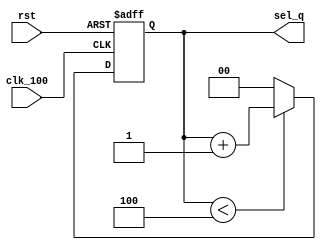
module counter_100HZ(
			clk_100,
			rst,//active high
			sel_q
			);
		
//---------------input signals-------------					
input clk_100;
input rst;

//---------------output signals-------------
output reg [1:0]sel_q;
reg [1:0]sel_d;

always @(posedge clk_100 or posedge rst)
begin
    if(rst)
    begin
        sel_q <= 2'd0;
    end
    else
    begin
        sel_q <= sel_d;
    end   
end	
always @(*)
begin
    sel_d = sel_q;
    if(sel_q < 3'd4)
        begin
            sel_d = sel_d + 1'd1;
        end
    else
    begin
        sel_d = 2'd0;
    end
end						
endmodule